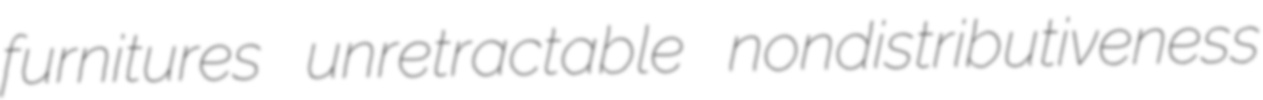
furnitures unretractable nondistributiveness